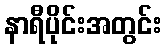
နာရီပိုင်းအတွင်း